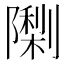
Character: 𮥨